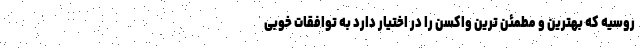
روسیه که بهترین و مطمئن ترین واکسن را در اختیار دارد به توافقات خوبی